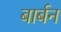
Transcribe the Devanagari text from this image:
बार्बन